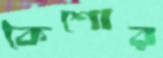
কৈশোর